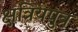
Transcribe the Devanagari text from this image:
क्षत्रियपुत्र